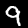
Digit: 9